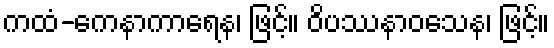
ကထံ-ကေနာကာရေန၊ ဖြင့်။ ဝိပဿနာဝသေန၊ ဖြင့်။